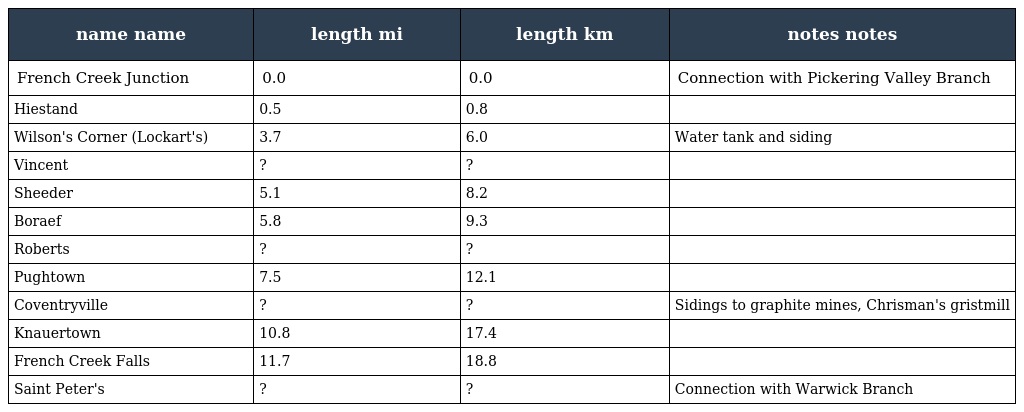
| name name | length mi | length km | notes notes |
 | --- | --- | --- | --- |
 | French Creek Junction | 0.0 | 0.0 | Connection with Pickering Valley Branch |
 | Hiestand | 0.5 | 0.8 |  |
 | Wilson's Corner (Lockart's) | 3.7 | 6.0 | Water tank and siding |
 | Vincent | ? | ? |  |
 | Sheeder | 5.1 | 8.2 |  |
 | Boraef | 5.8 | 9.3 |  |
 | Roberts | ? | ? |  |
 | Pughtown | 7.5 | 12.1 |  |
 | Coventryville | ? | ? | Sidings to graphite mines, Chrisman's gristmill |
 | Knauertown | 10.8 | 17.4 |  |
 | French Creek Falls | 11.7 | 18.8 |  |
 | Saint Peter's | ? | ? | Connection with Warwick Branch |